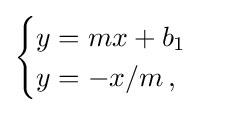
{\begin{cases}y=mx+b_{1}\\y=-x/m\,,\end{cases}}